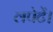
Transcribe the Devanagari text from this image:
लपेटें।